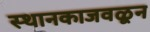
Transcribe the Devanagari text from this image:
स्थानकाजवळून